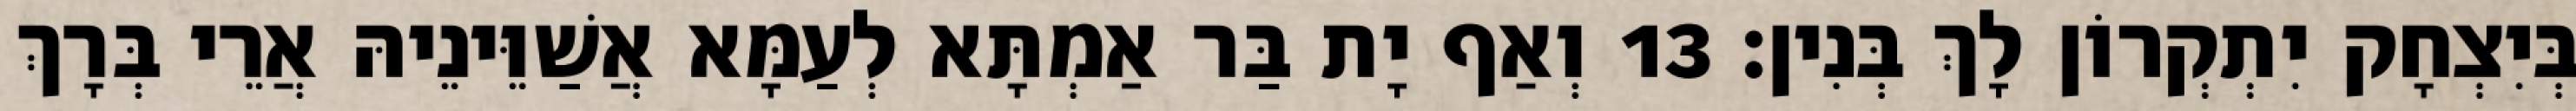
בְּיִצְחָק יִתְקְרוֹן לָךְ בְּנִין׃ 13 וְאַף יָת בַּר אַמְתָּא לְעַמָּא אֲשַׁוֵּינֵיהּ אֲרֵי בְּרָךְ